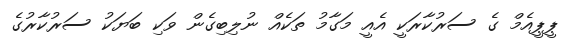
ޕީޕީއެމް ގެ ސަރުކާރަކީ އެއީ މަގާމު ތަކެއް ނުލިބިގެން ވަކި ބަޔަކު ސަރުކާރުގެ